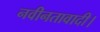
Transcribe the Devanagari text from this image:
नवीनतावादी।